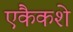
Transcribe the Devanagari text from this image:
एकैकशे